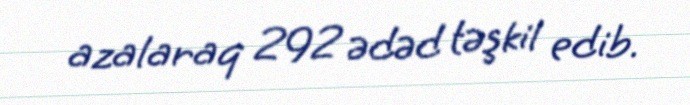
azalaraq 292 ədəd təşkil edib.